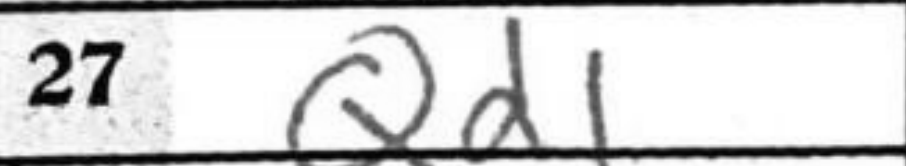
Transcription: Qd1